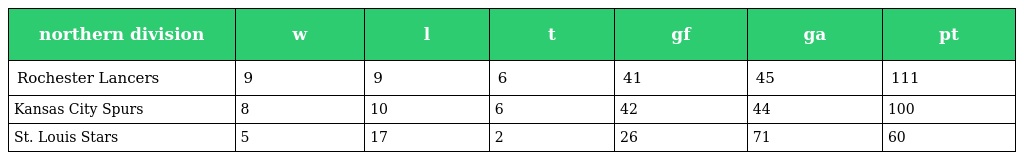
| northern division | w | l | t | gf | ga | pt |
 | --- | --- | --- | --- | --- | --- | --- |
 | Rochester Lancers | 9 | 9 | 6 | 41 | 45 | 111 |
 | Kansas City Spurs | 8 | 10 | 6 | 42 | 44 | 100 |
 | St. Louis Stars | 5 | 17 | 2 | 26 | 71 | 60 |